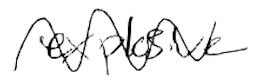
Text: explosive
Cross-out: wave
Writing tool: digital_black